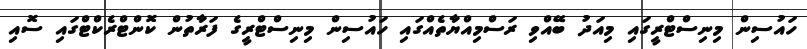
ހައުސިން މިނިސްޓްރީގައި މިއަދު ބޭއްވި ރަސްމިއްޔާތެއްގައި ހައުސިން މިނިސްޓްރީގެ ފަރާތުން ކޮންޓްރެކްޓްގައި ސޮއި